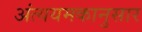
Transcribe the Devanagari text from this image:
अंत्ययमकानुसार